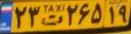
۲۳ت۲۶۵۱۹